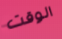
الوقت